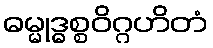
ဓမ္မုဒ္ဓစ္စဝိဂ္ဂဟိတံ